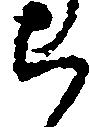
ち